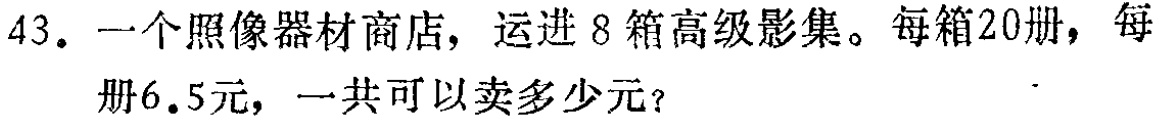
43. 一个照像器材商店，运进 8 箱高级影集。每箱20册，每册6.5元，一共可以卖多少元？